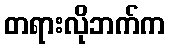
တရားလိုဘက်က